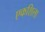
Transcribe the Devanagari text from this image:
एकशिला